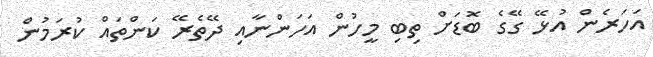
އަހަރެން އުޅޭ ގޭގެ ބޮޑަށް ތިބި މީހުން އަހަންނާއި ދޭތެރޭ ކަންތައް ކުރަމުން